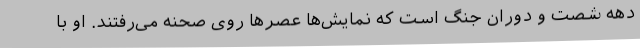
دهه شصت و دوران جنگ است که نمایش‌ها عصرها روی صحنه می‌رفتند. او با